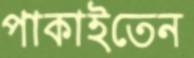
পাকাইতেন